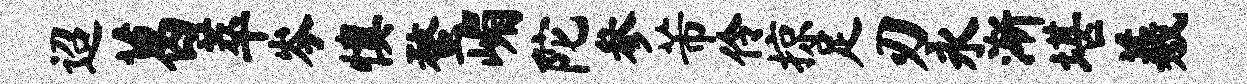
迢葛萃岑慎蝥嵋陀参芾伶掠足刃永渐堪羲